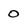
Character: O